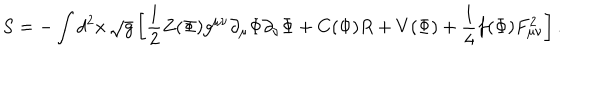
S = - \int d ^ { 2 } x \, \sqrt { g } \left[ { \frac { 1 } { 2 } } Z ( \Phi ) g ^ { \mu \nu } \partial _ { \mu } \Phi \partial _ { \nu } \Phi + C ( \Phi ) R + V ( \Phi ) + \frac { 1 } { 4 } f ( \Phi ) F _ { \mu \nu } ^ { 2 } \right] .